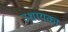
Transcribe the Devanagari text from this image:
उशायका